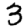
Digit: 3